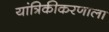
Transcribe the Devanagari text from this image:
यांत्रिकीकरणाला